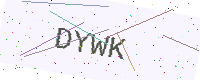
Text: DYWK